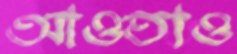
আওতাও